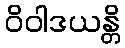
ဝိဝါဒယန္တိ